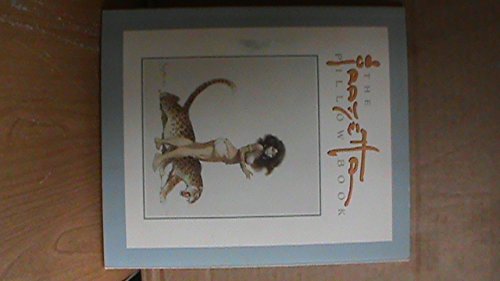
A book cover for Frazetta Pillow Book; Frank Frazetta; Crafts, Hobbies & Home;